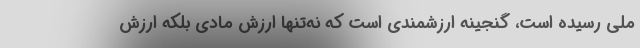
ملی رسیده است، گنجینه ارزشمندی است که نه‌تنها ارزش مادی بلکه ارزش